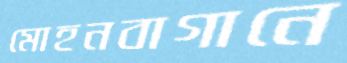
মোহনবাগানে